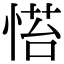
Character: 𢞇